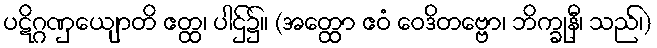
ပဋိဂ္ဂဏှေယျာတိ ဧတ္ထ၊ ပါဌ်၌။ (အတ္ထော ဧဝံ ဝေဒိတဗ္ဗော၊ ဘိက္ခုနီ၊ သည်၊)